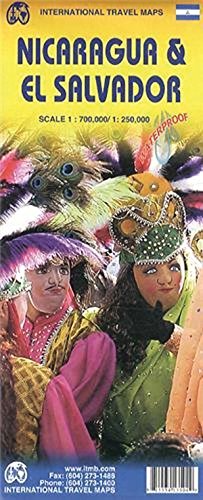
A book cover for Nicaragua & El Salvador 1:700 000/1:250 000 water proof map. (International Travel Maps); ITMB Canada; Travel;